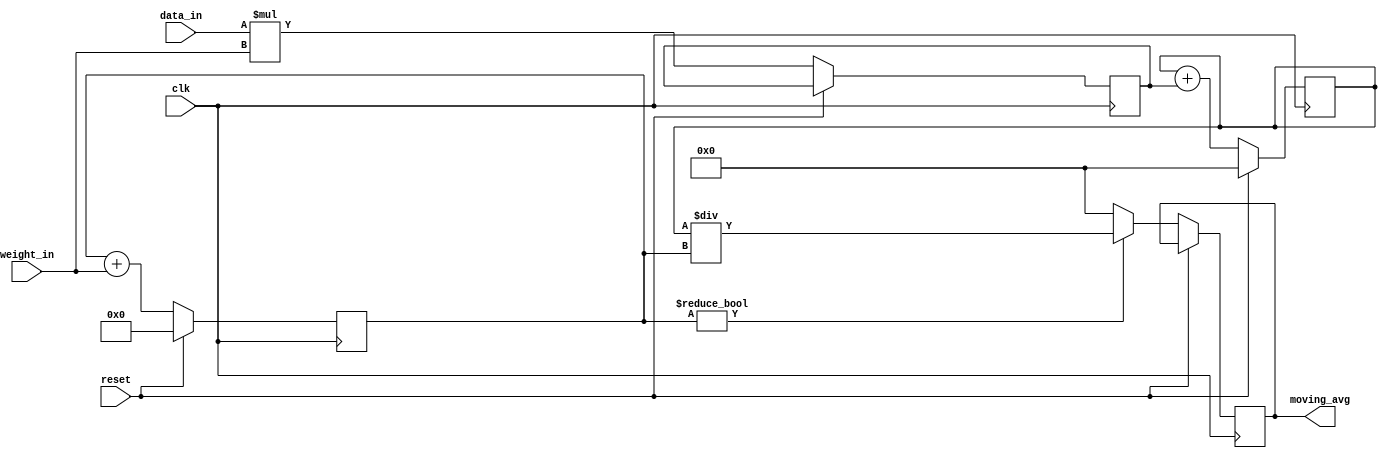
module weighted_moving_avg_accumulator (
  input wire clk,
  input wire reset,
  input wire [7:0] data_in,
  input wire [7:0] weight_in,
  output reg [15:0] moving_avg
);

reg [15:0] accumulated_sum;
reg [7:0] total_weight;
reg [7:0] weighted_value;

always @(posedge clk) begin
  if (reset) begin
    accumulated_sum <= 16'b0;
    total_weight <= 8'b0;
  end else begin
    weighted_value <= data_in * weight_in;
    
    accumulated_sum <= accumulated_sum + weighted_value;
    total_weight <= total_weight + weight_in;
    
    if (total_weight != 8'b0) begin
      moving_avg <= accumulated_sum / total_weight;
    end else begin
      moving_avg <= 16'b0;
    end
  end
end

endmodule